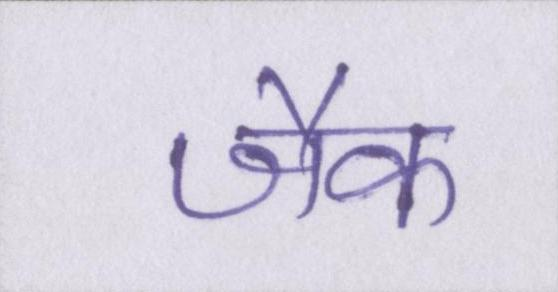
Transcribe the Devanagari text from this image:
जैक